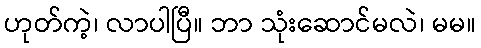
ဟုတ်ကဲ့၊ လာပါပြီ။ ဘာ သုံးဆောင်မလဲ၊ မမ။